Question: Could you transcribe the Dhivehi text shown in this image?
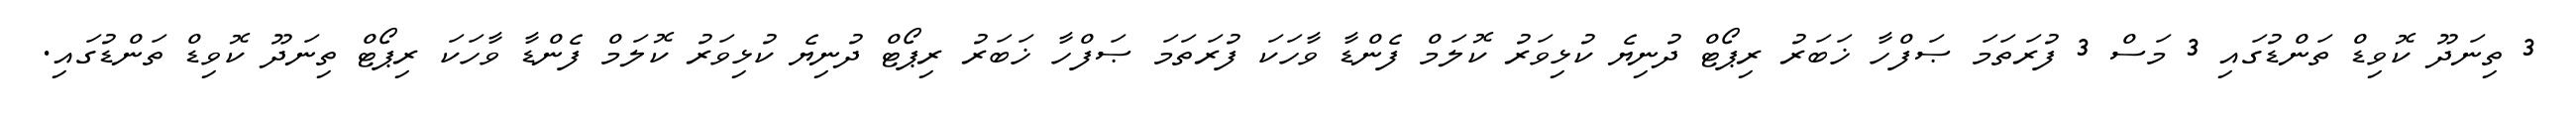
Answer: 3 ތިނަދޫ ކޮވިޑް ތަންޑުގައި 3 މަސް 3 ފުރަތަމަ ޞަފްހާ ޚަބަރު ރިޕޯޓް ދުނިޔެ ކުޅިވަރު ކޮލަމް ފެންޑާ ވާހަކަ ފުރަތަމަ ޞަފްހާ ޚަބަރު ރިޕޯޓް ދުނިޔެ ކުޅިވަރު ކޮލަމް ފެންޑާ ވާހަކަ ރިޕޯޓް ތިނަދޫ ކޮވިޑް ތަންޑުގައި.